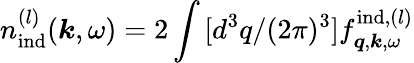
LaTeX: n_{\mathrm{ind}}^{(l)}(\boldsymbol{k},\omega)=2\int\, [d^{3}q/(2\pi)^{3}]f_{\boldsymbol{q},\boldsymbol{k},\omega}^{\mathrm{ind},(l)}